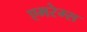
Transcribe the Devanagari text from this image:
एमरेम्स